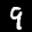
Label: 9